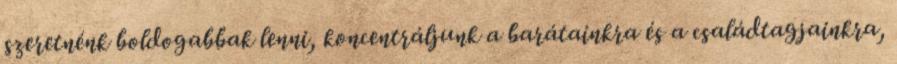
szeretnénk boldogabbak lenni, koncentráljunk a barátainkra és a családtagjainkra,